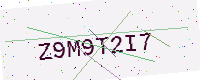
Text: Z9M9T2I7